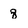
Character: 8